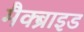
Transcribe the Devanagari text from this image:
मैक्ब्राइड